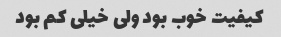
کیفیت خوب بود ولی خیلی کم بود